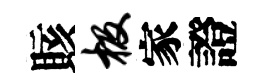
賅极家證